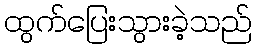
ထွက်ပြေးသွားခဲ့သည်